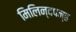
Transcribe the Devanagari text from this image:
मिलिन्दपन्ह